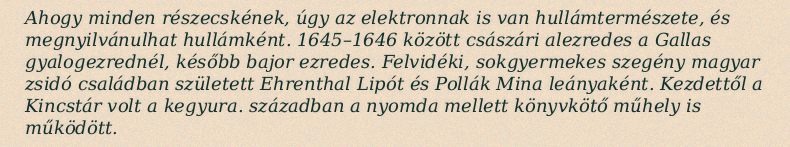
Ahogy minden részecskének, úgy az elektronnak is van hullámtermészete, és megnyilvánulhat hullámként. 1645–1646 között császári alezredes a Gallas gyalogezrednél, később bajor ezredes. Felvidéki, sokgyermekes szegény magyar zsidó családban született Ehrenthal Lipót és Pollák Mina leányaként. Kezdettől a Kincstár volt a kegyura. században a nyomda mellett könyvkötő műhely is működött.